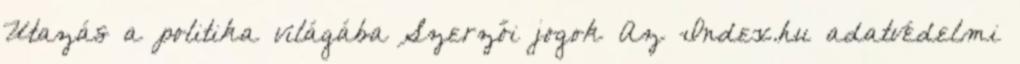
Utazás a politika világába Szerzői jogok Az Index.hu adatvédelmi